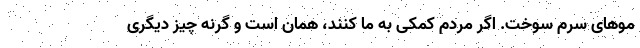
موهای سرم سوخت. اگر مردم کمکی به ما کنند، همان است و گرنه چیز دیگری